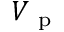
V _ { \mathrm { ~ p ~ } }